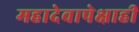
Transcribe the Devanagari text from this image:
महादेवापेक्षाही